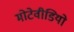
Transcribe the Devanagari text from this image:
मोटेवीडियो